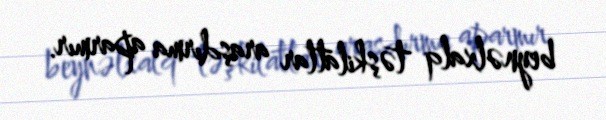
beynəlxalq təşkilatlar araşdırma aparmır.